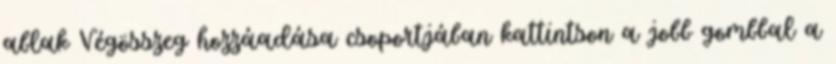
ablak Végösszeg hozzáadása csoportjában kattintson a jobb gombbal a